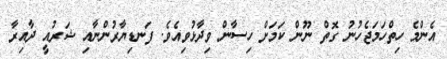
އެންމެ ހިތްހަމަޖެހުނު ގޮތް ނޫން ކަމަށް ހިސާން ވިދާޅުވިއެވެ. ފަނޑިޔާރުންނާއި ޝަރުއީ ދާއިރާ